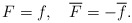
\begin{align*}F=f,\quad \overline F=-\overline f.\end{align*}